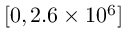
[ 0 , 2 . 6 \times 1 0 ^ { 6 } ]